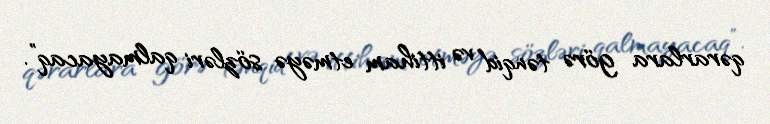
qərarlara görə tənqid və ittiham etməyə sözləri qalmayacaq”.